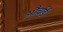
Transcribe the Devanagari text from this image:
और्चार्ड